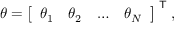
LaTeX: \theta = { \left[ \begin{array} { l l l l } { \theta _ { 1 } } & { \theta _ { 2 } } & { \dots } & { \theta _ { N } } \end{array} \right] } ^ { \textsf { T } } ,